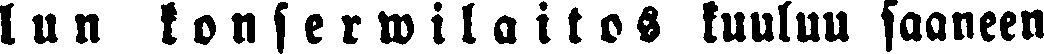
lun konserwilaitos kuuluu saaneen